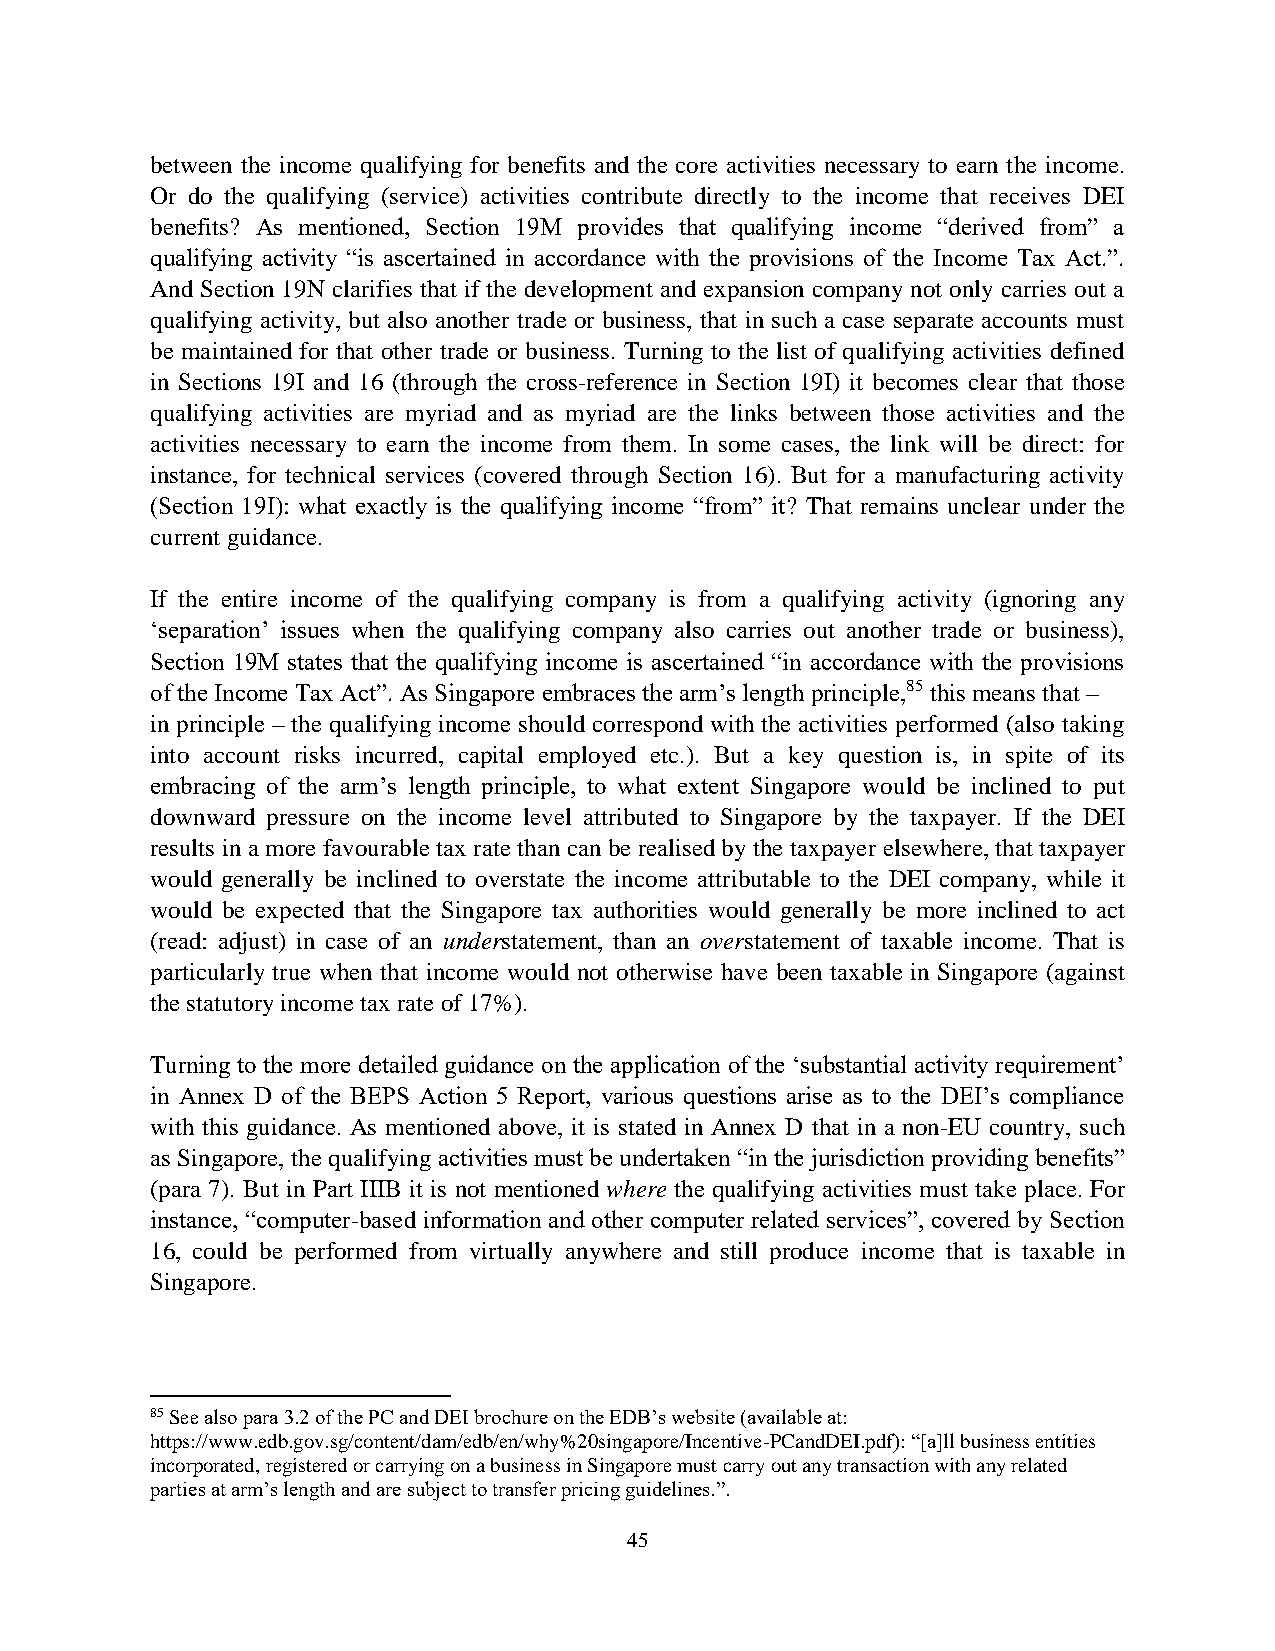
between the income qualifying for benefits and the core activities necessary to earn the income.
 Or do the qualifying (service) activities contribute directly to the income that receives DEI
 benefits? As mentioned, Section 19M provides that qualifying income “derived from” a
 qualifying activity “is ascertained in accordance with the provisions of the Income Tax Act.”.
 And Section 19N clarifies that if the development and expansion company not only carries out a
 qualifying activity, but also another trade or business, that in such a case separate accounts must
 be maintained for that other trade or business. Turning to the list of qualifying activities defined
 in Sections 19I and 16 (through the cross-reference in Section 19I) it becomes clear that those
 qualifying activities are myriad and as myriad are the links between those activities and the
 activities necessary to earn the income from them. In some cases, the link will be direct: for
 instance, for technical services (covered through Section 16). But for a manufacturing activity
 (Section 19I): what exactly is the qualifying income “from” it? That remains unclear under the
 current guidance.
 If the entire income of the qualifying company is from a qualifying activity (ignoring any
 ‘separation’ issues when the qualifying company also carries out another trade or business),
 Section 19M states that the qualifying income is ascertained “in accordance with the provisions
 of the Income Tax Act”. As Singapore embraces the arm’s length principle,85 this means that –
 in principle – the qualifying income should correspond with the activities performed (also taking
 into account risks incurred, capital employed etc.). But a key question is, in spite of its
 embracing of the arm’s length principle, to what extent Singapore would be inclined to put
 downward pressure on the income level attributed to Singapore by the taxpayer. If the DEI
 results in a more favourable tax rate than can be realised by the taxpayer elsewhere, that taxpayer
 would generally be inclined to overstate the income attributable to the DEI company, while it
 would be expected that the Singapore tax authorities would generally be more inclined to act
 (read: adjust) in case of an understatement, than an overstatement of taxable income. That is
 particularly true when that income would not otherwise have been taxable in Singapore (against
 the statutory income tax rate of 17%).
 Turning to the more detailed guidance on the application of the ‘substantial activity requirement’
 in Annex D of the BEPS Action 5 Report, various questions arise as to the DEI’s compliance
 with this guidance. As mentioned above, it is stated in Annex D that in a non-EU country, such
 as Singapore, the qualifying activities must be undertaken “in the jurisdiction providing benefits”
 (para 7). But in Part IIIB it is not mentioned where the qualifying activities must take place. For
 instance, “computer-based information and other computer related services”, covered by Section
 16, could be performed from virtually anywhere and still produce income that is taxable in
 Singapore.
 85 See also para 3.2 of the PC and DEI brochure on the EDB’s website (available at:
 https://www.edb.gov.sg/content/dam/edb/en/why%20singapore/Incentive-PCandDEI.pdf): “[a]ll business entities
 incorporated, registered or carrying on a business in Singapore must carry out any transaction with any related
 parties at arm’s length and are subject to transfer pricing guidelines.”.
 45